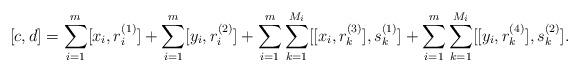
LaTeX: \begin{align*}[c,d]=\sum_{i=1}^m[x_i,r_i^{(1)}]+\sum_{i=1}^m[y_i,r_i^{(2)}]+\sum_{i=1}^m\sum_{k=1}^{M_{i}}[[x_i,r_k^{(3)}],s_k^{(1)}]+\sum_{i=1}^m\sum_{k=1}^{M_{i}}[[y_i,r_k^{(4)}],s_k^{(2)}].\end{align*}